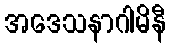
အဒေသနာဂါမိနီ